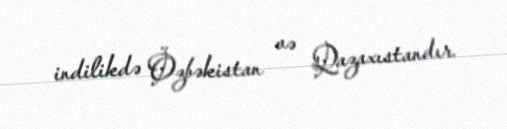
indilikdə Özbəkistan və Qazaxıstandır.